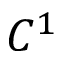
C ^ { 1 }